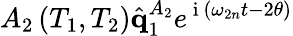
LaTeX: A_{2}\left(T_{1},T_{2}\right)\hat{\mathbf{q}}_{1}^{A_{2}}e^{\mathrm{~i~}\left(\omega_{2n}t-2\theta\right)}